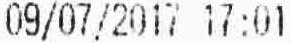
09/07/2017 17:01